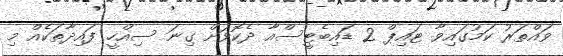
ވައްތަރު ކަމުގައިވާ ޓައިޕް 2 ޑައިބެޓީސްއާ ދެކޮޅަށް ގިނަ ސިއްހީ ފައިދާތަކެއް މި